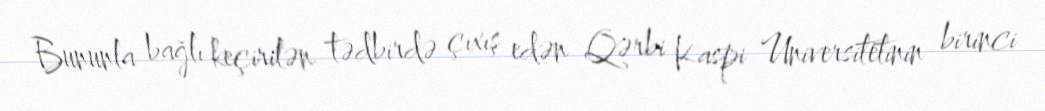
Bununla bağlı keçirilən tədbirdə çıxış edən Qərbi Kaspi Universitetinin birinci